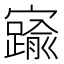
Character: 𡫞